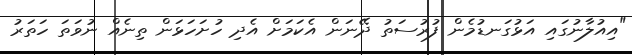
"އިއުލާނުގައި އަޅުގަނޑުމެން ފުރުސަތު ދޭނަން އެކަމަށް އެދި ހުށަހަޅަން ތިނެއް ނުވަތަ ހަތަރު